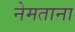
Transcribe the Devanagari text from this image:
नेमताना